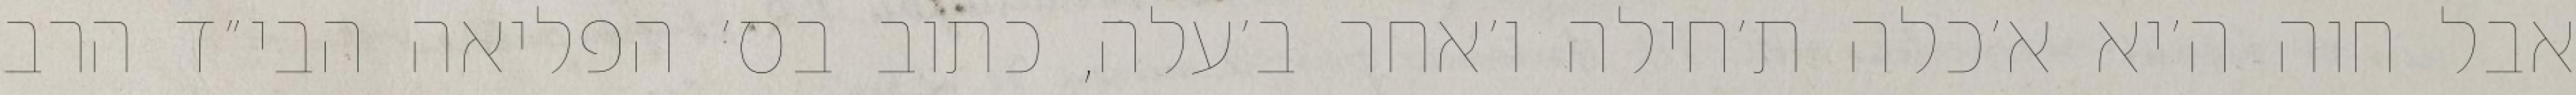
אבל חוה ה׳יא א׳כלה ת׳חילה ו׳אחר ב׳עלה, כתוב בס׳ הפליאה הבי״ד הרב